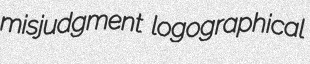
misjudgment logographical